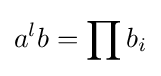
a^{l}b=\prod b_{i}